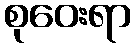
စုဝေးရာ